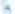
אות: ף